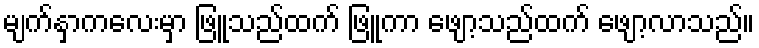
မျက်နှာကလေးမှာ ဖြူသည်ထက် ဖြူကာ ဖျော့သည်ထက် ဖျော့လာသည်။